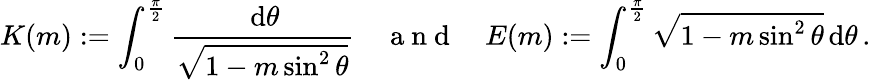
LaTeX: K(m):=\int_{0}^{\frac{\pi}{2}}\frac{\, \mathrm{d}\theta}{\sqrt{1-m\sin^{2}\theta}}\quad\mathrm{~a~n~d~}\quad E(m):=\int_{0}^{\frac{\pi}{2}}\sqrt{1-m\sin^{2}\theta}\, \mathrm{d}\theta\, .